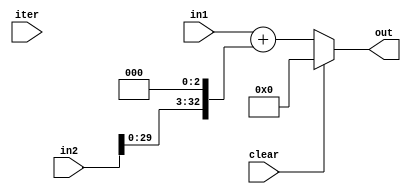
module Accumulator (out, in1, in2, clear, iter);

    input [2:0] in1;
    input [32:0] in2;
    input [0:0] clear;
    input [3:0] iter;

    output reg [32:0] out;

    always @(iter or clear)
    begin
        //in2 = in2 << 3;
        if(clear == 1'b1)
            out = 33'd0;
        else
            out = in1 + (in2 << 3);
    end
    
endmodule